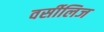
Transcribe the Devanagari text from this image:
वर्सीलिज